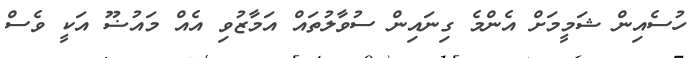
ހުސެއިން ޝަމީމަށް އެންމެ ގިނައިން ސުވާލުތައް އަމާޒުވި އެއް މައުޟޫ އަކީ ވެސް